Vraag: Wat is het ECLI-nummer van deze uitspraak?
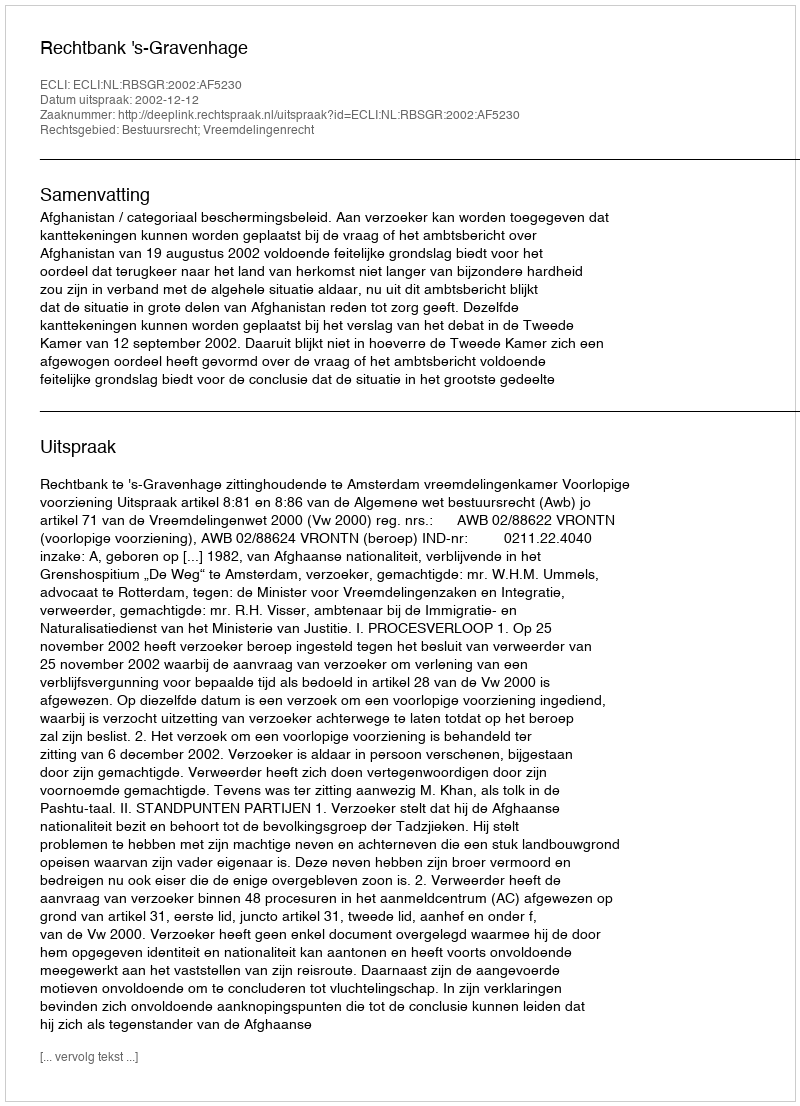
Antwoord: ECLI:NL:RBSGR:2002:AF5230